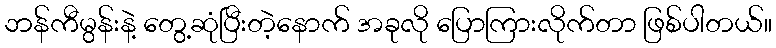
ဘန်ကီမွန်းနဲ့ တွေ့ဆုံပြီးတဲ့နောက် အခုလို ပြောကြားလိုက်တာ ဖြစ်ပါတယ်။